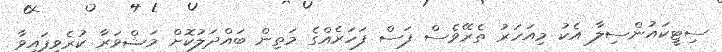
ސިޓީކައުންސިލާ އެކު މިއަހަރު ތެރޭވެސް ފަސް ފަހަރެއްގެ މަތިން ބައްދަލުކޮށް މަޝްވަރާ ކުރެވިފައިވާ